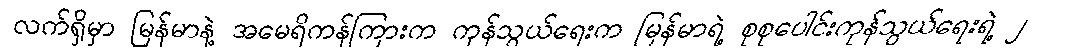
လက်ရှိမှာ မြန်မာနဲ့ အမေရိကန်ကြားက ကုန်သွယ်ရေးက မြန်မာရဲ့ စုစုပေါင်းကုန်သွယ်ရေးရဲ့ ၂